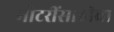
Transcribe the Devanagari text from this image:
मोटरींसाठीचा